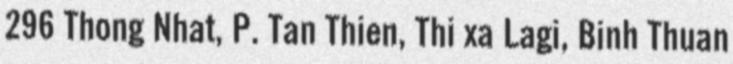
296 Thong Nhat, P. Tan Thien, Thi xa Lagi, Binh Thuan